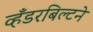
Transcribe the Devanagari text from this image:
व्हँडरबिल्टने